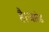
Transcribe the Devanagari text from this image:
है।जारेड